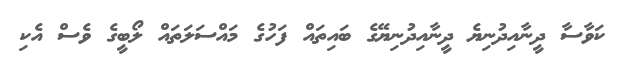
ކަވާސާ ދީނާއިދުނިޔެ ދީނާއިދުނިޔޭގެ ބައިތައް ފަހުގެ މައްސަލަތައް ލޯބީގެ ވެސް އެކި